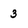
Character: 3